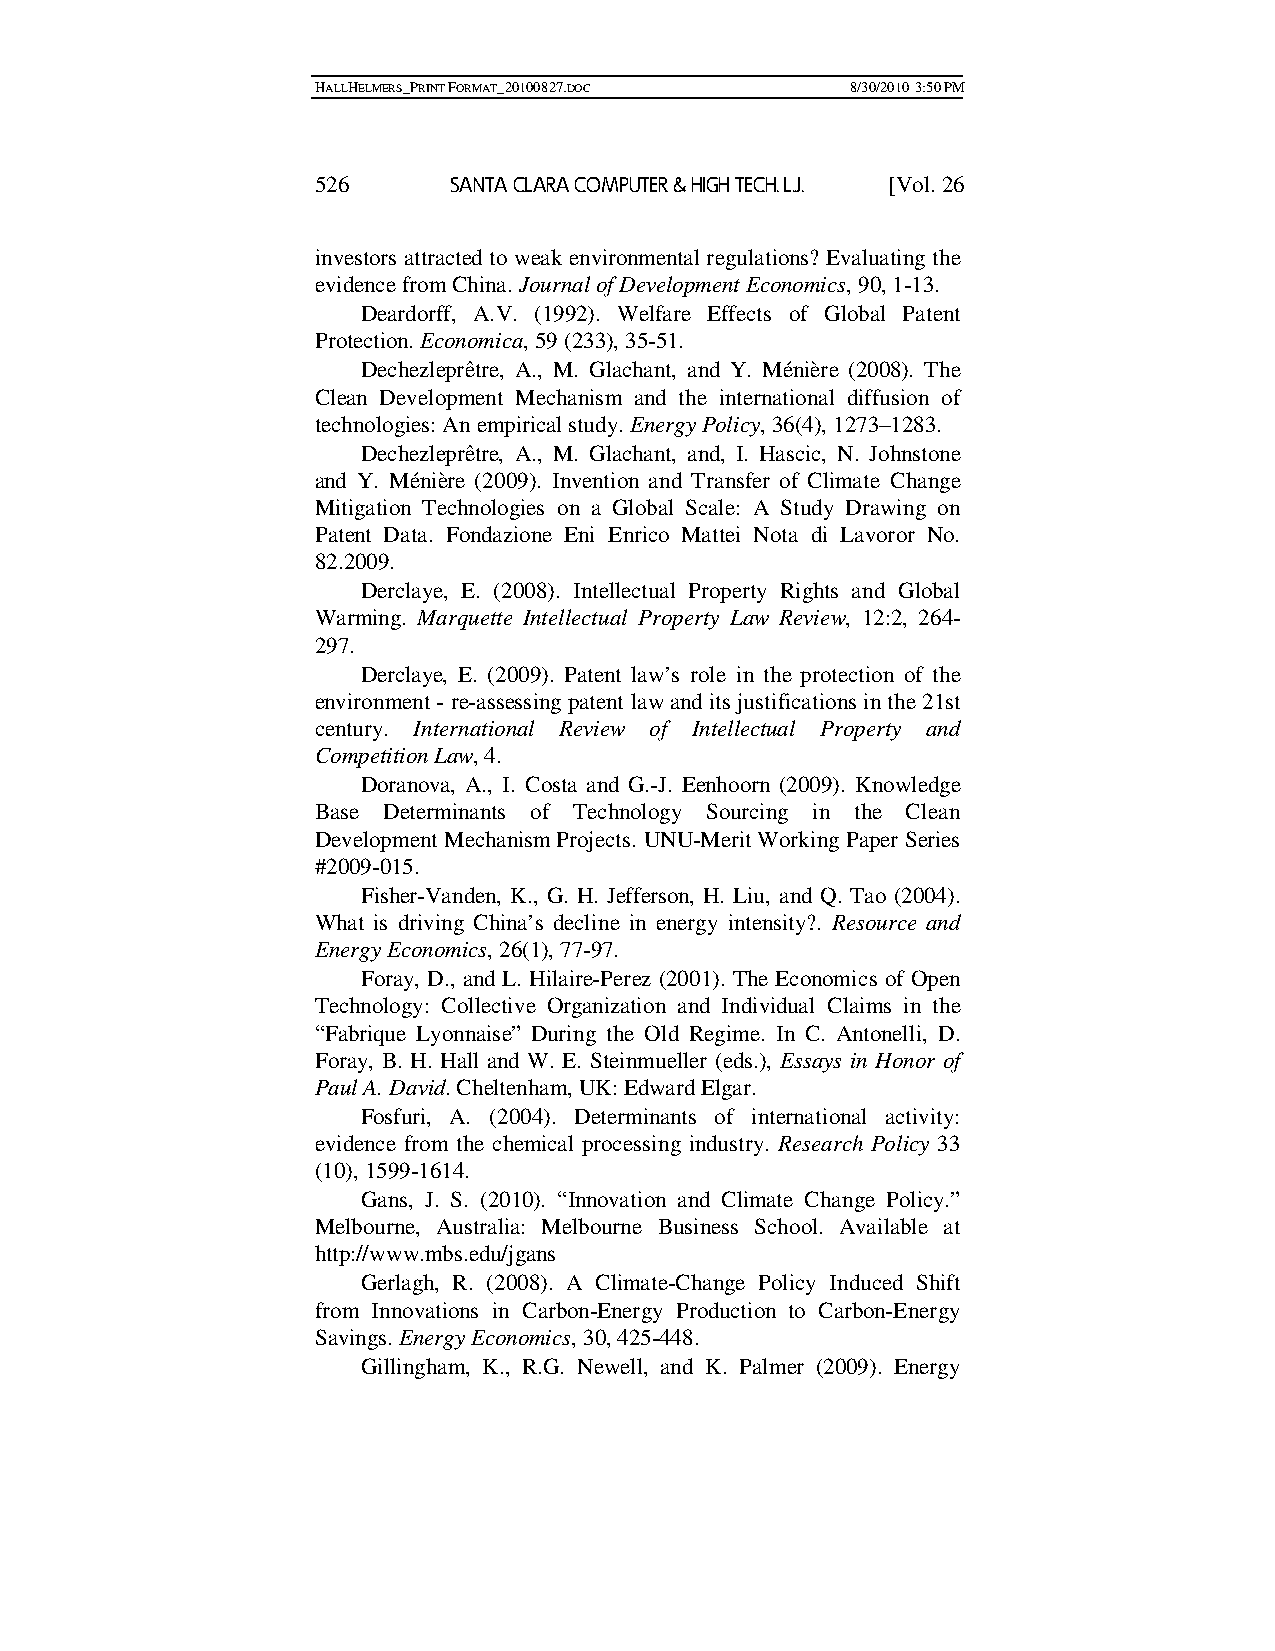
HALLHELMERS_PRINT FORMAT_20100827.DOC 8/30/2010 3:50 PM
 526      SANTA CLARA COMPUTER & HIGH TECH. L.J. [Vol. 26
 investors attracted to weak environmental regulations? Evaluating the
 evidence from China. Journal of Development Economics, 90, 1-13.
 Deardorff, A.V. (1992). Welfare Effects of Global Patent
 Protection. Economica, 59 (233), 35-51.
 Dechezleprêtre, A., M. Glachant, and Y. Ménière (2008). The
 Clean Development Mechanism and the international diffusion of
 technologies: An empirical study. Energy Policy, 36(4), 1273–1283.
 Dechezleprêtre, A., M. Glachant, and, I. Hascic, N. Johnstone
 and Y. Ménière (2009). Invention and Transfer of Climate Change
 Mitigation Technologies on a Global Scale: A Study Drawing on
 Patent Data. Fondazione Eni Enrico Mattei Nota di Lavoror No.
 82.2009.
 Derclaye, E. (2008). Intellectual Property Rights and Global
 Warming. Marquette Intellectual Property Law Review, 12:2, 264-
 297.
 Derclaye, E. (2009). Patent law’s role in the protection of the
 environment - re-assessing patent law and its justifications in the 21st
 century. International Review of Intellectual Property and
 Competition Law, 4.
 Doranova, A., I. Costa and G.-J. Eenhoorn (2009). Knowledge
 Base Determinants of Technology Sourcing in the Clean
 Development Mechanism Projects. UNU-Merit Working Paper Series
 #2009-015.
 Fisher-Vanden, K., G. H. Jefferson, H. Liu, and Q. Tao (2004).
 What is driving China’s decline in energy intensity?. Resource and
 Energy Economics, 26(1), 77-97.
 Foray, D., and L. Hilaire-Perez (2001). The Economics of Open
 Technology: Collective Organization and Individual Claims in the
 “Fabrique Lyonnaise” During the Old Regime. In C. Antonelli, D.
 Foray, B. H. Hall and W. E. Steinmueller (eds.), Essays in Honor of
 Paul A. David. Cheltenham, UK: Edward Elgar.
 Fosfuri, A. (2004). Determinants of international activity:
 evidence from the chemical processing industry. Research Policy 33
 (10), 1599-1614.
 Gans, J. S. (2010). “Innovation and Climate Change Policy.”
 Melbourne, Australia: Melbourne Business School. Available at
 http://www.mbs.edu/jgans
 Gerlagh, R. (2008). A Climate-Change Policy Induced Shift
 from Innovations in Carbon-Energy Production to Carbon-Energy
 Savings. Energy Economics, 30, 425-448.
 Gillingham, K., R.G. Newell, and K. Palmer (2009). Energy